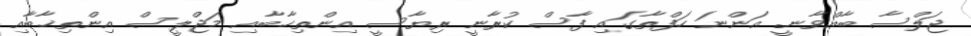
ޖަލްސާ ބާއްވާނީ. އަންނަ ހަފްތާގައި ފާސް ކުރާނީ ރިޔާސީ އިންތިޚާބާއި މަޖްލީސް އިންތިޚާބާއި